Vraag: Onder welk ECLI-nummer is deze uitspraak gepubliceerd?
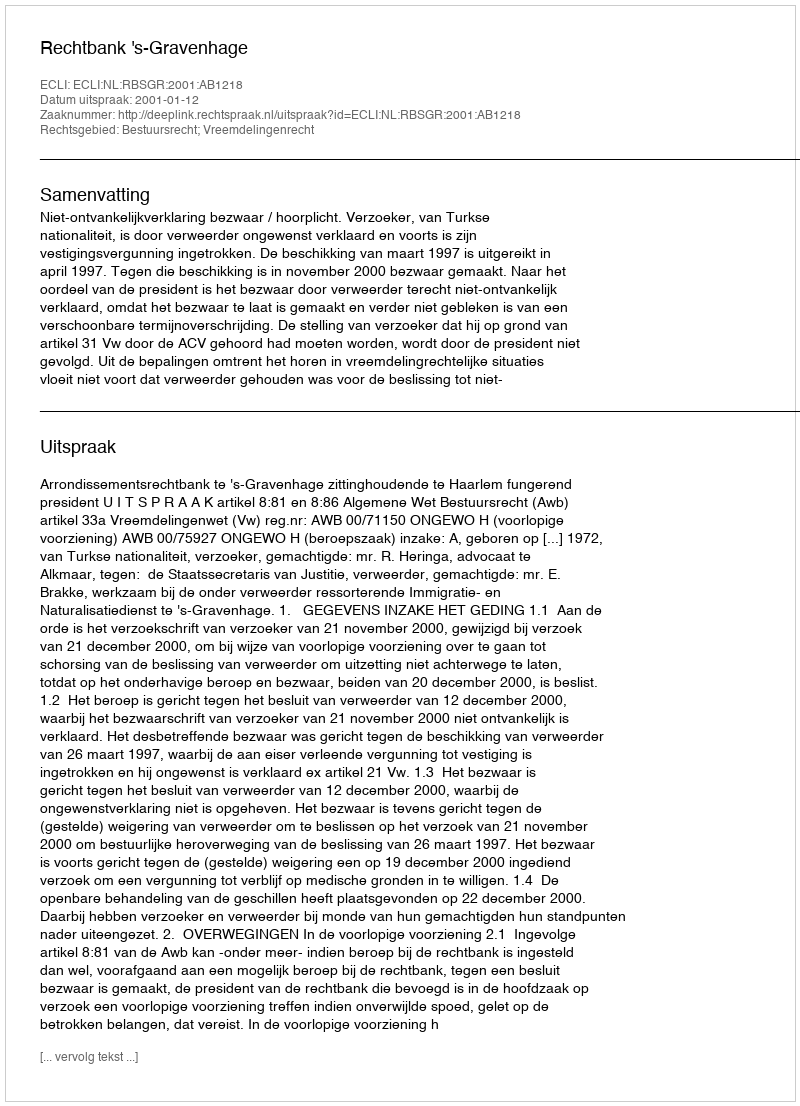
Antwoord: ECLI:NL:RBSGR:2001:AB1218